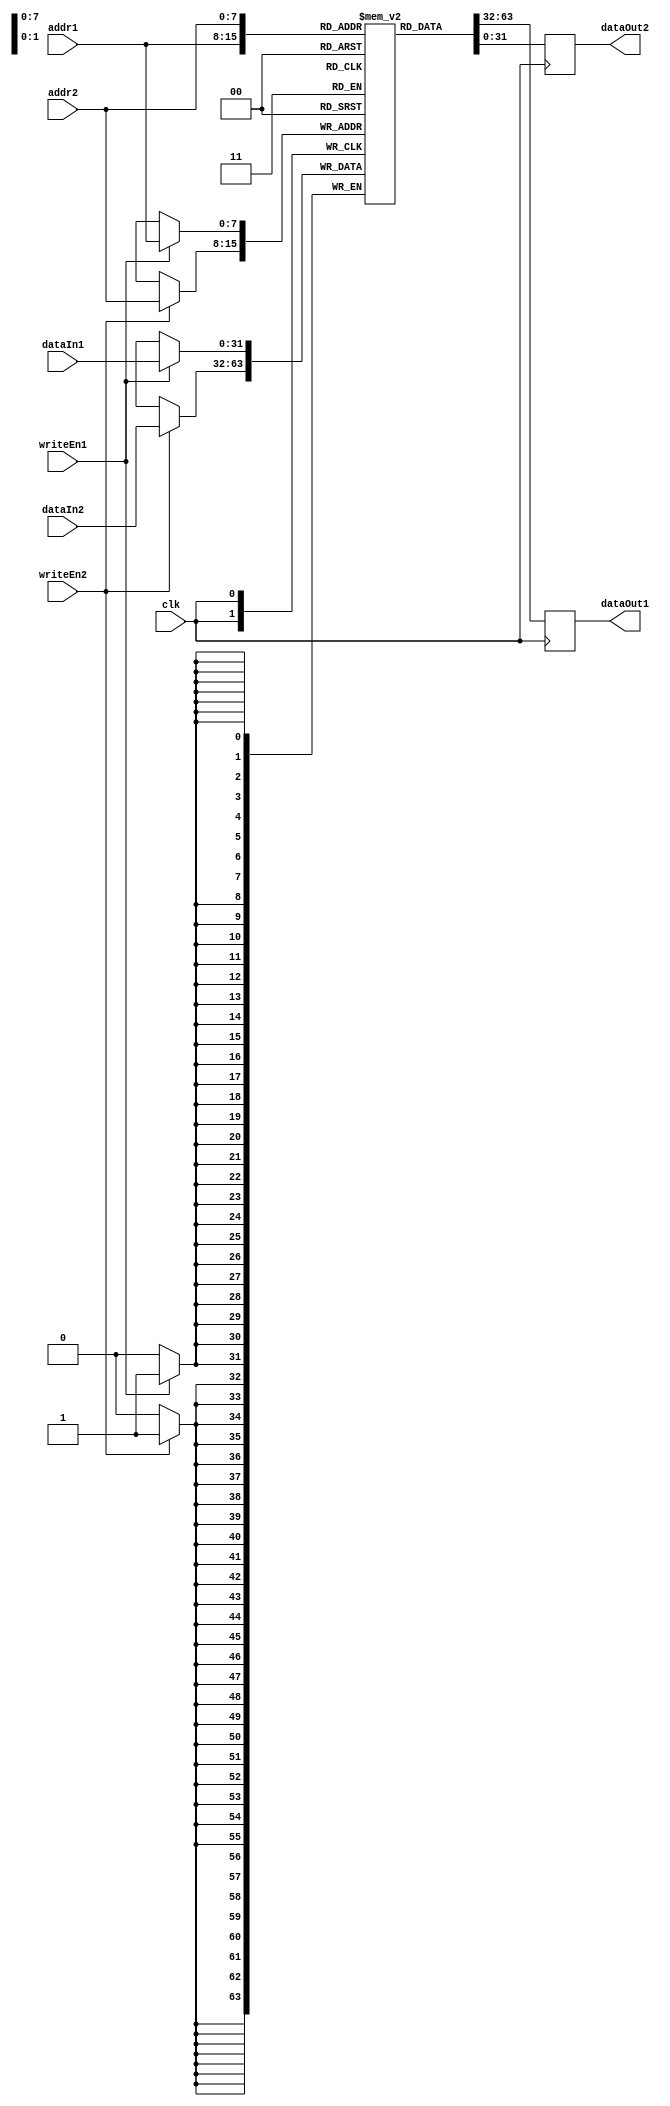
module DualPortRegisterFile (
    input wire clk,
    input wire [7:0] addr1,
    input wire [7:0] addr2,
    input wire [31:0] dataIn1,
    input wire [31:0] dataIn2,
    input wire writeEn1,
    input wire writeEn2,
    output reg [31:0] dataOut1,
    output reg [31:0] dataOut2
);

reg [31:0] mem [255:0];

always @(posedge clk) begin
    if (writeEn1)
        mem[addr1] <= dataIn1;
    
    if (writeEn2)
        mem[addr2] <= dataIn2;
    
    dataOut1 <= mem[addr1];
    dataOut2 <= mem[addr2];
end

endmodule